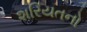
શરિયતનો